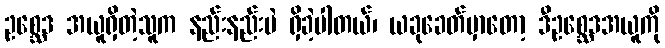
ဥစ္ဆေဒ အယူရှိတဲ့သူက နည်းနည်းပဲ ရှိခဲ့ပါတယ်၊ ယခုခေတ်မှာတော့ ဒီဥစ္ဆေဒအယူကို